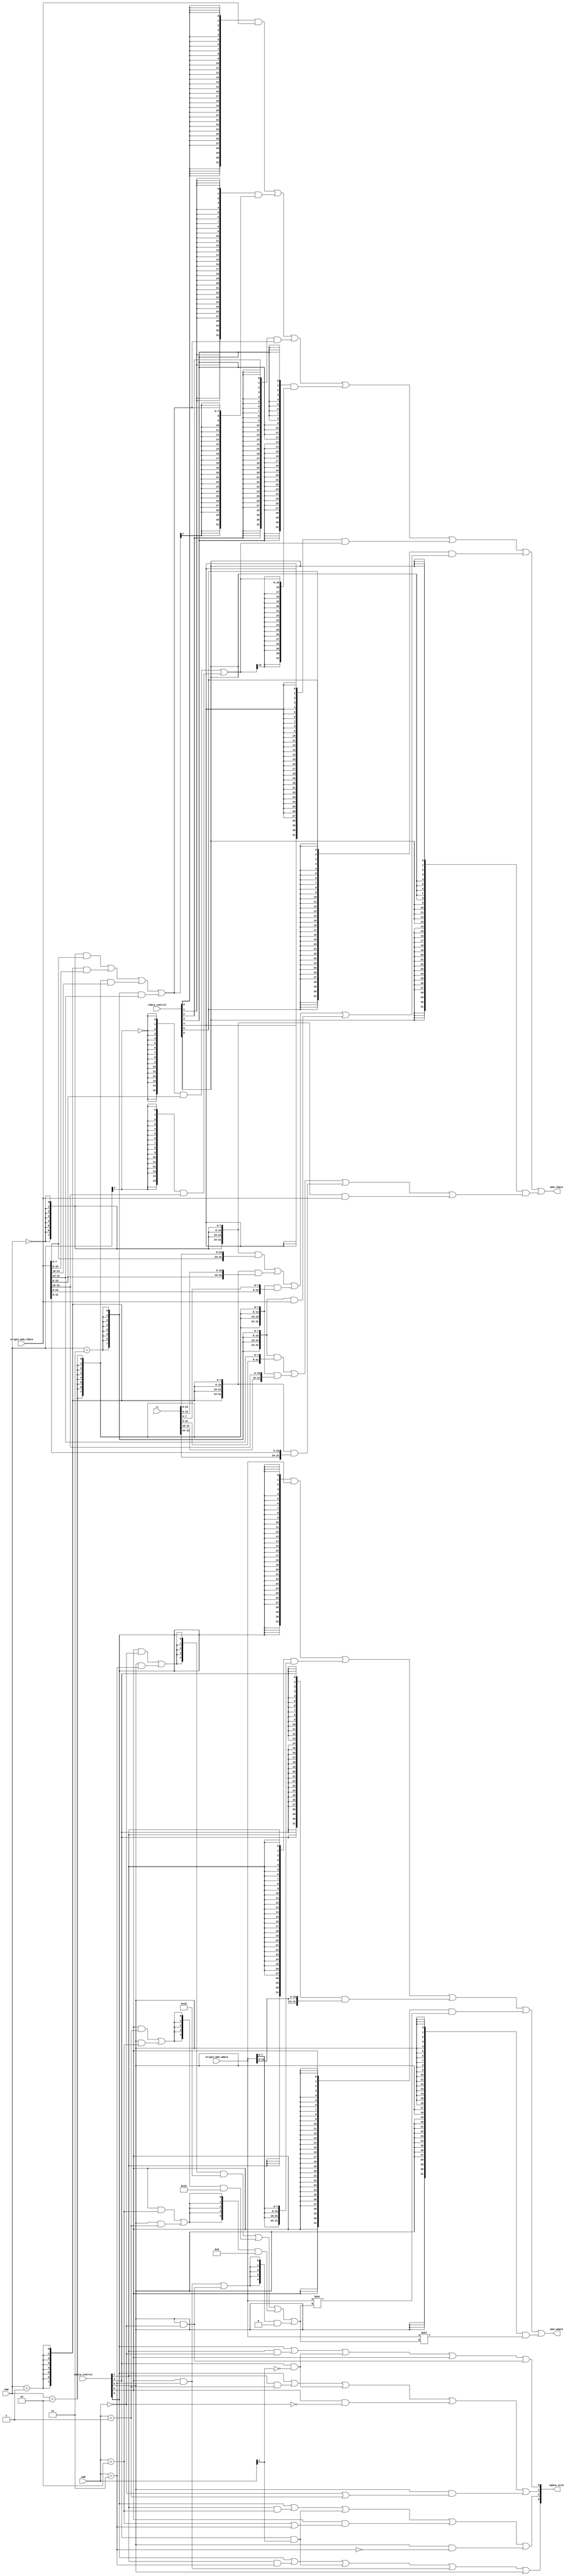
module memdata_change(
	input [31:0] origin_mem_wdata,
	input [31:0] origin_mem_rdata,
	input [1:0] eaM,
	input [1:0] eaW,
	input [31:0] rt,
	input [6:0] wdata_control,
	input [6:0] rdata_control,
	output [3:0] wdata_strb,
	output [31:0] mem_wdata,
	output [31:0] mem_rdata
	);
//rdata
wire [3:0] byte_selectW;
assign byte_selectW[0] = (eaW == 2'b00);
assign byte_selectW[1] = (eaW == 2'b01);
assign byte_selectW[2] = (eaW == 2'b10);
assign byte_selectW[3] = (eaW == 2'b11);
wire [1:0] half_selectW;
assign half_selectW[0] = (eaW[1] == 1'b0);
assign half_selectW[1] = (eaW[1] == 1'b1);

wire [7:0] rdata_b;
wire [15:0] rdata_h;
wire [31:0] rdata_left;
wire [31:0] rdata_right;
assign rdata_b = ({8{byte_selectW[0]}}&origin_mem_rdata[7:0]  )
				|({8{byte_selectW[1]}}&origin_mem_rdata[15:8] )
				|({8{byte_selectW[2]}}&origin_mem_rdata[23:16])
				|({8{byte_selectW[3]}}&origin_mem_rdata[31:24]);

assign rdata_h =  ({16{half_selectW[0]}}&origin_mem_rdata[15:0])
				 |({16{half_selectW[1]}}&origin_mem_rdata[31:16]);

assign rdata_left= ({32{byte_selectW[0]}}&{origin_mem_rdata[7:0],rt[23:0]}  )
				  |({32{byte_selectW[1]}}&{origin_mem_rdata[15:0],rt[15:0]} )
				  |({32{byte_selectW[2]}}&{origin_mem_rdata[23:0],rt[7:0]} )
				  |({32{byte_selectW[3]}}& origin_mem_rdata[31:0]           );

assign rdata_right = ({32{byte_selectW[3]}}&{rt[31:8],origin_mem_rdata[31:24]}  )
				    |({32{byte_selectW[2]}}&{rt[31:16],origin_mem_rdata[31:16]} )
				    |({32{byte_selectW[1]}}&{rt[31:24],origin_mem_rdata[31:8]}  )
				    |({32{byte_selectW[0]}}& origin_mem_rdata[31:0]             );

assign mem_rdata =    ({32{rdata_control[0]}}&origin_mem_rdata           )
                     |({32{rdata_control[1]}}&{{24{rdata_b[7]}},rdata_b} )
                     |({32{rdata_control[2]}}&{24'd0,rdata_b}            )
                     |({32{rdata_control[3]}}&{{16{rdata_h[15]}},rdata_h})
                     |({32{rdata_control[4]}}&{16'd0,rdata_h}            )
                     |({32{rdata_control[5]}}&rdata_left                 )
                     |({32{rdata_control[6]}}&rdata_right                );
//wdata
wire [3:0] byte_selectM;
assign byte_selectM[0] = (eaM == 2'b00);
assign byte_selectM[1] = (eaM == 2'b01);
assign byte_selectM[2] = (eaM == 2'b10);
assign byte_selectM[3] = (eaM == 2'b11);
wire [1:0] half_selectM;
assign half_selectM[0] = (eaM[1] == 1'b0);
assign half_selectM[1] = (eaM[1] == 1'b1);

assign wdata_strb[0] = wdata_control[0]|(wdata_control[1]&byte_selectM[0])|(wdata_control[3]&half_selectM[0])|wdata_control[5]|(wdata_control[6]&byte_selectM[0]);
assign wdata_strb[1] = wdata_control[0]|(wdata_control[1]&byte_selectM[1])|(wdata_control[3]&half_selectM[0])|(wdata_control[5]&(~byte_selectM[0]))|(wdata_control[6]&(byte_selectM[0]|byte_selectM[1]));
assign wdata_strb[2] = wdata_control[0]|(wdata_control[1]&byte_selectM[2])|(wdata_control[3]&half_selectM[1])|(wdata_control[5]&(byte_selectM[2]|byte_selectM[3]))|(wdata_control[6]&(~byte_selectM[3]));
assign wdata_strb[3] = wdata_control[0]|(wdata_control[1]&byte_selectM[3])|(wdata_control[3]&half_selectM[1])|(wdata_control[5]&byte_selectM[3])|wdata_control[6];
wire [4:0] shift;
assign shift = ({5{(wdata_control[5]&byte_selectM[0])|(wdata_control[6]&byte_selectM[3])}}&5'd24)
			  |({5{(wdata_control[5]&byte_selectM[1])|(wdata_control[6]&byte_selectM[2])}}&5'd16)
			  |({5{(wdata_control[5]&byte_selectM[2])|(wdata_control[6]&byte_selectM[1])}}&5'd8 )
			  |({5{(wdata_control[5]&byte_selectM[3])|(wdata_control[6]&byte_selectM[0])}}&5'd0 );


assign mem_wdata = ({32{wdata_control[0]}}&origin_mem_wdata)
	              |({32{wdata_control[1]}}&{4{origin_mem_wdata[7:0]}})
	              |({32{wdata_control[3]}}&{2{origin_mem_wdata[15:0]}})
	              |({32{wdata_control[5]}}&(origin_mem_wdata>>shift))
	              |({32{wdata_control[6]}}&(origin_mem_wdata<<shift));
endmodule